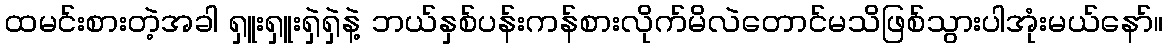
ထမင်းစားတဲ့အခါ ရှူးရှူးရှဲရှဲနဲ့ ဘယ်နှစ်ပန်းကန်စားလိုက်မိလဲတောင်မသိဖြစ်သွားပါအုံးမယ်နော်။